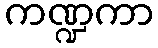
ကဏ္ဍကာ